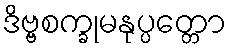
ဒိဗ္ဗစက္ခုမနုပ္ပတ္တော